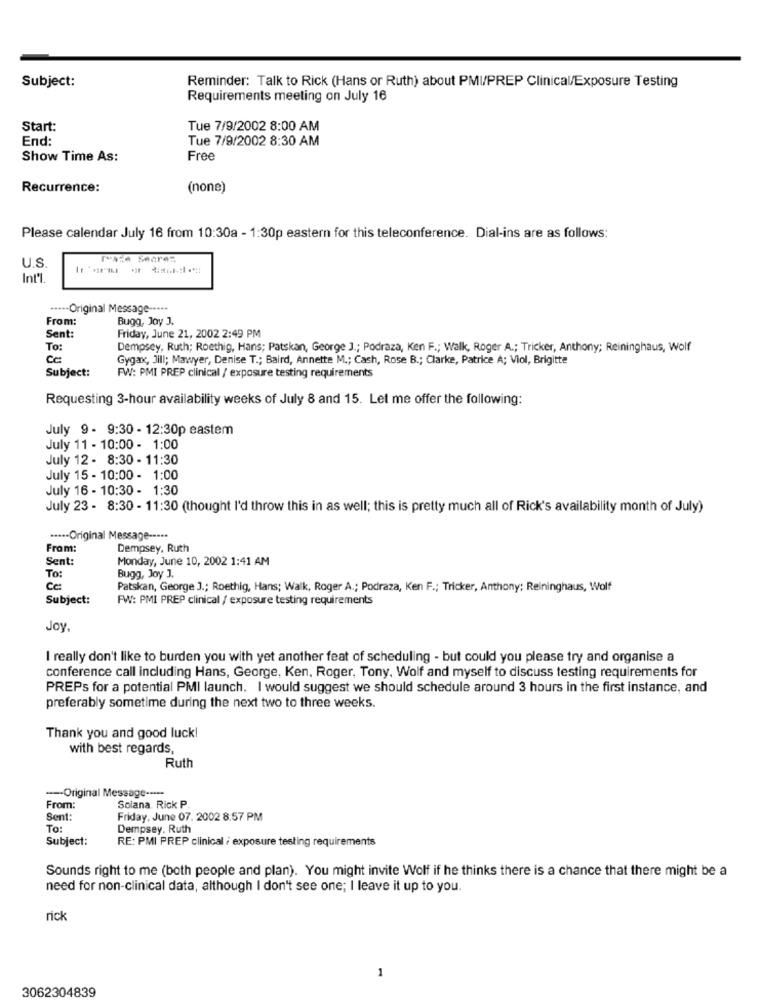
Subject:
Reminder: Talk to Rick (Hans or Ruth) about PMI/PREP Clinical/Exposure Testing
Requirements meeting on July 16
Start:
Tue 7/9/2002 8:00 AM
End:
Tue 7/9/2002 8:30 AM
Show Time As:
Free
Recurrence:
(none)
Please calendar July 16 from 10:30a - 1:30p eastern for this teleconference. Dial-ins are as follows:
U.S.
Int'l.
...-- Original Message -----
From:
Bugg, Joy J.
Sent:
Friday, June 21, 2002 2:49 PM
To:
Dempsey, Ruth; Roethig, Hans; Patskan, George J .; Podraza, Ken F .; Walk, Roger A .; Tricker, Anthony; Reininghaus, Wolf
Cc:
Gygax, Jill; Mawyer, Denise T .; Baird, Annette M .; Cash, Rose B .; Clarke, Patrice A; Viol, Brigitte
Subject:
FW: PMI PREP clinical / exposure testing requirements
Requesting 3-hour availability weeks of July 8 and 15. Let me offer the following:
July 9 - 9:30 - 12:30p eastem
July 11 - 10:00 - 1:00
July 12 - 8:30 - 11:30
July 15 - 10:00 - 1:00
July 16 - 10:30 - 1:30
July 23 - 8:30 - 11:30 (thought I'd throw this in as well; this is pretty much all of Rick's availability month of July)
....- Original Message --...
From:
Dempsey, Ruth
Sent:
Monday, June 10, 2002 1:41 AM
To:
Bugg, Joy J.
Cc:
Patskan, George J .; Roethig, Hans; Walk, Roger A .; Podraza, Ken F .; Tricker, Anthony: Reininghaus, Wolf
Subject:
FW: PMI PREP clinical / exposure testing requirements
Joy
I really don't like to burden you with yet another feat of scheduling - but could you please try and organise a
conference call including Hans, George, Ken, Roger, Tony, Wolf and myself to discuss testing requirements for
PREPs for a potential PMI launch. I would suggest we should schedule around 3 hours in the first instance, and
preferably sometime during the next two to three weeks.
Thank you and good luck!
with best regards,
Ruth
--- Original Message -----
From:
Solana. Rick P
Sent:
Friday, June 07. 2002 8:57 PM
To:
Dempsey. Ruth
Subject:
RE: PMI PREP clinical / exposure testing requirements
Sounds right to me (both people and plan). You might invite Wolf if he thinks there is a chance that there might be a
need for non-clinical data, although I don't see one; I leave it up to you.
rick
1
3062304839